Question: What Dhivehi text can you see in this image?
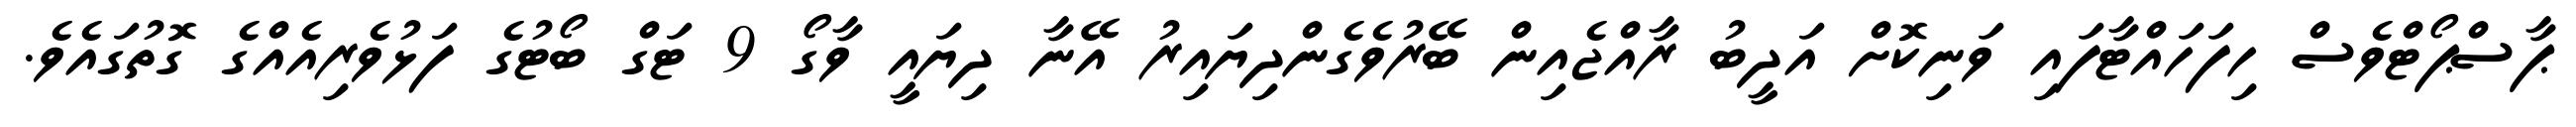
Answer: ޕާސްޕޯޓްވެސް ހިފަހައްޓާފައި ވަނިކޮށް އަދީބު ރާއްޖެއިން ބޭރުވެގެންދިޔައިރު އޭނާ ދިޔައީ ވާގޯ 9 ޓަގް ބޯޓުގެ ފަޅުވެރިއެއްގެ ގޮތުގައެވެ.